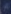
Transcribe